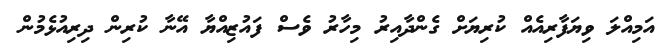
އަމިއްލަ ވިޔަފާރިއެއް ކުރިޔަށް ގެންދާއިރު މިހާރު ވެސް ފައުޒިއްޔާ އޭނާ ކުރިން ދިރިއުޅެމުން